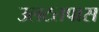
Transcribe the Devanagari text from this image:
उलटतपास